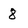
Character: 8